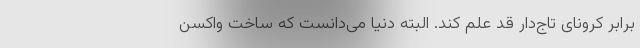
برابر کرونای تاج‌دار قد علم کند. البته دنیا می‌دانست که ساخت واکسن